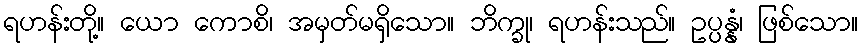
ရဟန်းတို့။ ယော ကောစိ၊ အမှတ်မရှိသော။ ဘိက္ခု၊ ရဟန်းသည်။ ဥပ္ပန္နံ၊ ဖြစ်သော။